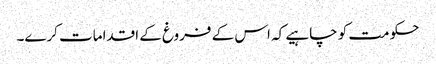
حکومت کو چاہیے کہ اس کے فروغ کے اقدامات کرے۔